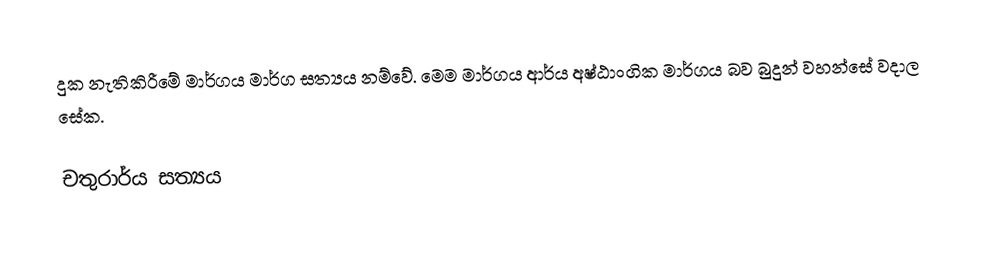
දුක නැතිකිරීමේ මාර්ගය මාර්ග සත්‍යය නම්වේ. මෙම මාර්ගය ආර්ය අෂ්ඨාංගික මාර්ගය බව බුදුන් වහන්සේ වදාල සේක.

චතුරාර්ය සත්‍යය